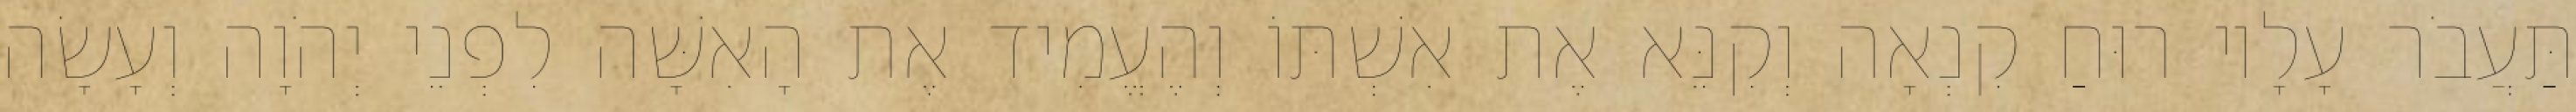
תַּעֲבֹר עָלָיו רוּחַ קִנְאָה וְקִנֵּא אֶת אִשְׁתּוֹ וְהֶעֱמִיד אֶת הָאִשָּׁה לִפְנֵי יְהֹוָה וְעָשָׂה